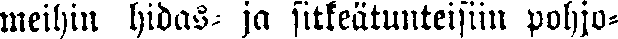
meihin hidas- ja sitkeätunteisiin pohjo-